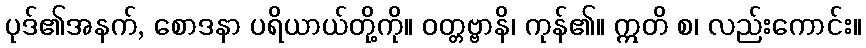
ပုဒ်၏အနက်, စောဒနာ ပရိယာယ်တို့ကို။ ဝတ္တဗ္ဗာနိ၊ ကုန်၏။ ဣတိ စ၊ လည်းကောင်း။